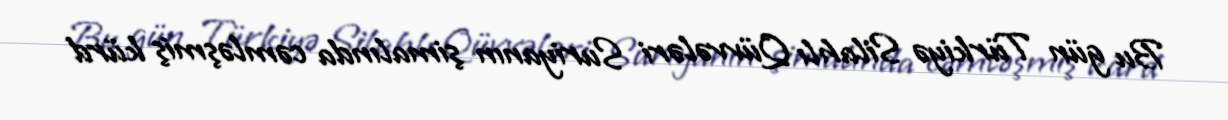
Bu gün Türkiyə Silahlı Qüvvələri Suriyanın şimalında cəmləşmiş kürd